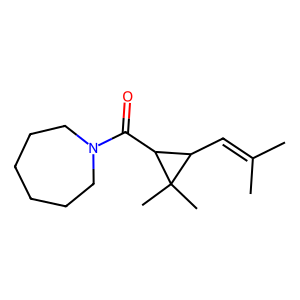
SMILES: CC(C)=CC1C(C(=O)N2CCCCCC2)C1(C)C
Inhibits HIV replication: No